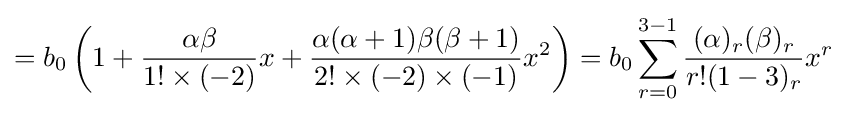
=b_{0}\left(1+{\frac {\alpha \beta }{1!\times (-2)}}x+{\frac {\alpha (\alpha +1)\beta (\beta +1)}{2!\times (-2)\times (-1)}}x^{2}\right)=b_{0}\sum _{r=0}^{3-1}{\frac {(\alpha )_{r}(\beta )_{r}}{r!(1-3)_{r}}}x^{r}